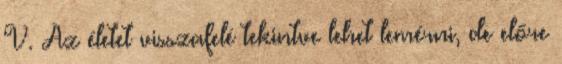
V. Az életet visszafelé tekintve lehet lemérni, de előre